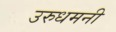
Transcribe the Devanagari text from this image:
उरुधमनी